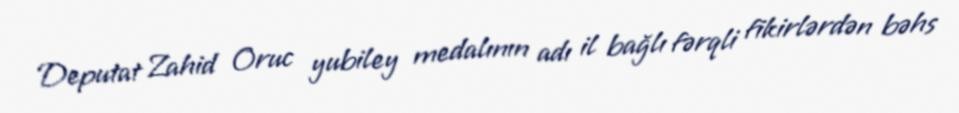
Deputat Zahid Oruc yubiley medalının adı il bağlı fərqli fikirlərdən bəhs